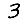
Digit: 3